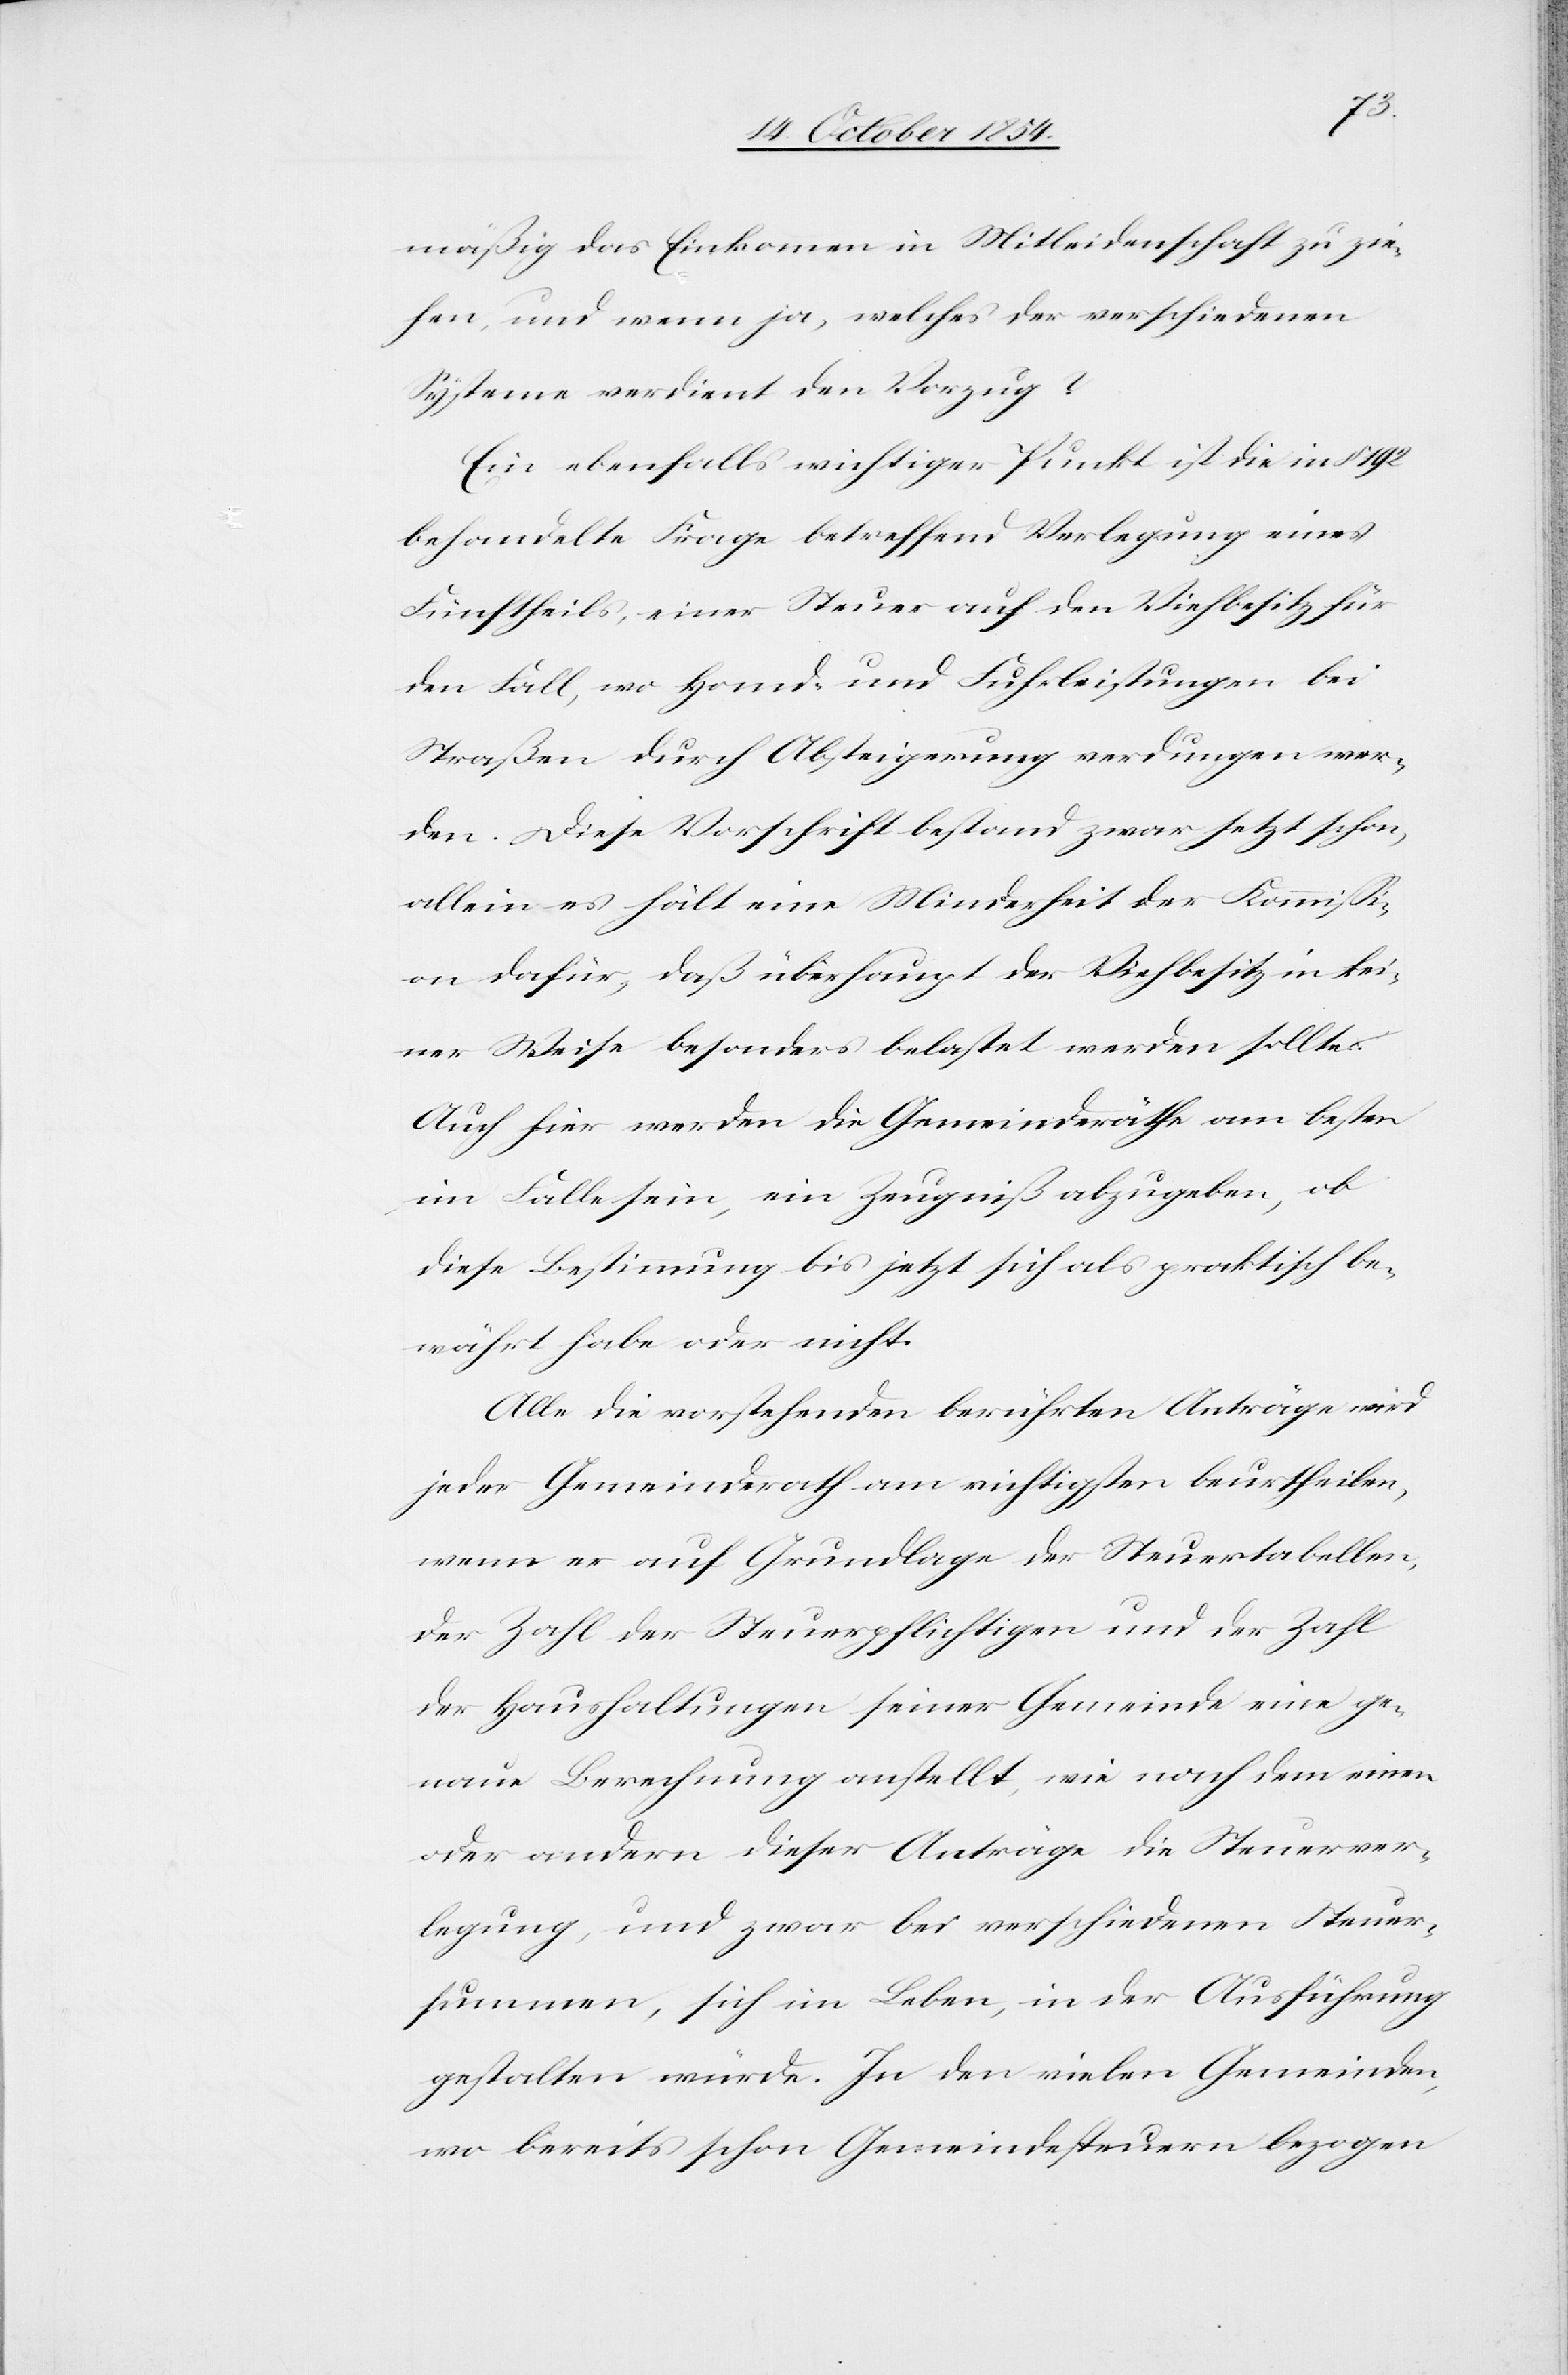
mäßig das Einkommen in Mitleidenschaft zu zie¬
hen, und wenn ja, welches der verschiedenen
Systeme verdient den Vorzug?
Ein ebenfalls wichtiger Punkt ist die in § 192
behandelte Frage betreffend Vorlegung eines
Fünftheils, einer Steuer auf den Viehbesitz für
den Fall, wo Hand- und Fuhrleistungen bei
Straßen durch Absteigerung verdungen wer¬
den. Diese Vorschrift bestand zwar jetzt schon,
allein es hält eine Minderheit der Kommißi¬
on dafür, daß überhaupt der Viehbesitz in kei¬
ner Weise besonders belastet werden sollte.
Auch hier werden die Gemeinderäthe am besten
im Falle sein, ein Zeugniß abzugeben, ob
diese Bestimmung bis jetzt sich als praktisch be¬
währt habe oder nicht.
Alle die vorstehenden berührten Anträge wird
jeder Gemeinderath am richtigsten beurtheilen,
wenn er auf Grundlage der Steuertabellen,
der Zahl der Steuerpflichtigen und der Zahl
der Haushaltungen seiner Gemeinde eine ge¬
naue Berechnung anstellt, wie nach dem einen
oder andern dieser Anträge die Steuerver¬
legung, und zwar bei verschiedenen Steuer¬
summen, sich im Leben, in der Ausführung
gestalten würde. In den vielen Gemeinden,
wo bereits schon Gemeindesteuern bezogen